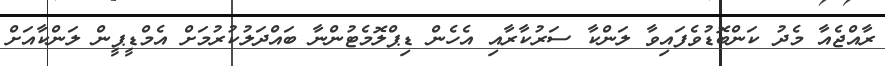
ރާއްޖެއާ މެދު ކަންބޮޑުވެފައިވާ ލަންކާ ސަރުކާރާއި އެހެން ޑިޕްލޮމެޓުންނާ ބައްދަލުކުރުމަށް އެމްޑީޕީން ލަންކާއަށް